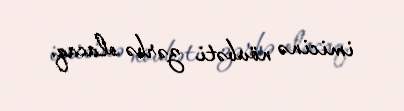
imicinə növbəti zərbə olacaq.